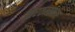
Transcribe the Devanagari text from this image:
तारतम्यकार